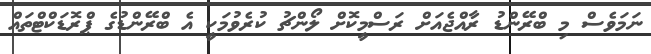
ނަމަވެސް މި ބްރޭންޑު ރާއްޖެއަށް ރަސްމީކޮށް ލޯންޗު ކުރެވުމަކީ އެ ބްރޭންޑުގެ ޕްރޮޑަކްޓްތައް